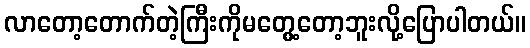
လာတော့တောက်တဲ့ကြီးကိုမတွေ့တော့ဘူးလို့ပြောပါတယ်။